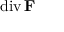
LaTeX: \operatorname { d i v } \mathbf { F }